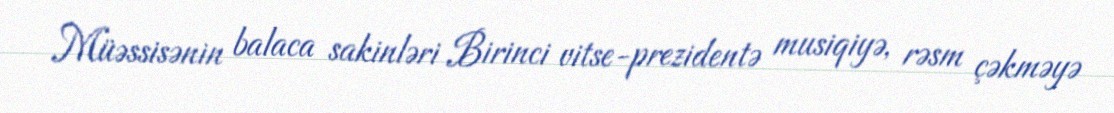
Müəssisənin balaca sakinləri Birinci vitse-prezidentə musiqiyə, rəsm çəkməyə